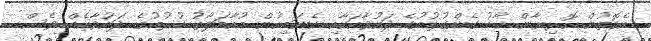
އެގޮތުން އޮރިޔާން ކާޑު ގެންގުޅުމުގެ ދައުވާއަކާއި ކެނަބިހުން މުއާމަލާތު ކުރުމުގެ ދައުވާއެއް ވެސް